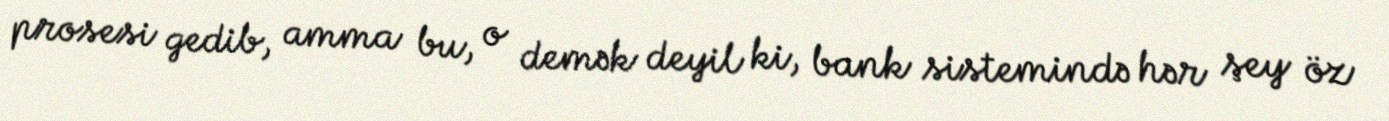
prosesi gedib, amma bu, o demək deyil ki, bank sistemində hər şey öz